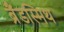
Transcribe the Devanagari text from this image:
ब्रैंडस्मिथ